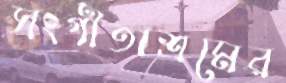
সংগীতাশ্রমের